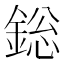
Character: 𨨟